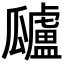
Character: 𤬜